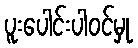
ပူးပေါင်းပါဝင်မှု